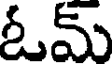
ఓమ్